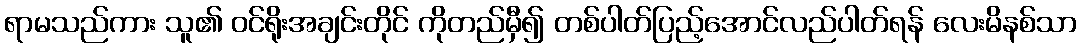
ရာမသည်ကား သူ၏ ဝင်ရိုးအချင်းတိုင် ကိုတည်မှီ၍ တစ်ပါတ်ပြည့်အောင်လည်ပါတ်ရန် လေးမိနစ်သာ